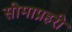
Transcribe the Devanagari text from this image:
सीमाप्रहरी